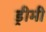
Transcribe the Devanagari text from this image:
ड्रीमी